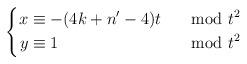
LaTeX: \begin{align*} \left\lbrace \begin{aligned} x &\equiv -(4k+n'-4)t &\mod t^2 \\ y &\equiv 1 &\mod t^2 \end{aligned} \right. \end{align*}